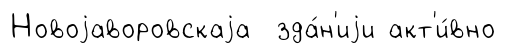
Новоjаворовскаjа зда́н'иjи акт'и́вно